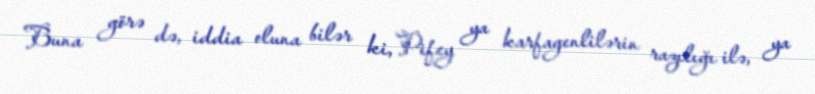
Buna görə də, iddia oluna bilər ki, Pifey ya karfagenlilərin razılığı ilə, ya